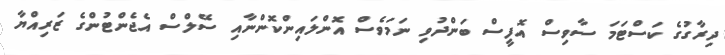
ދިރާގުގެ ކަސްޓަމަ ސާވިސް އޮފީސް ބަންދުވި ނަމަވެސް އޮންލައިންކޮންނާއި ސޭލްސް އެޖެންޓުންގެ ޒަރިއްޔާ